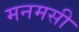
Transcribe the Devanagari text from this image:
मनमसी